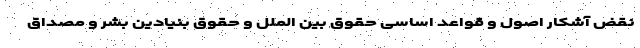
نقض آشکار اصول و قواعد اساسی حقوق بین الملل و حقوق بنیادین بشر و مصداق